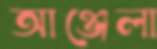
আঞ্জেলা